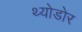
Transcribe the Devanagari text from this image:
थ्योडोर